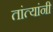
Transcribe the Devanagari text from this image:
तांत्यांनी